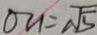
O H = \sqrt { 5 }